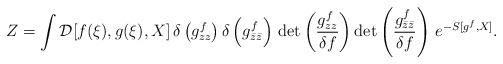
LaTeX: \begin{align*}Z = \int {\cal D}[f(\xi),g(\xi),X] \,\delta \left( g_{zz}^{f} \right)\delta \left( g_{\bar{z}\bar{z}}^{f} \right) \, {\rm det}\left( \frac{g_{zz}^{f}}{\delta f} \right) {\rm det}\left( \frac{g_{\bar{z}\bar{z}}^{f}}{\delta f} \right) \, e^{-S[g^{f},X]}.\end{align*}